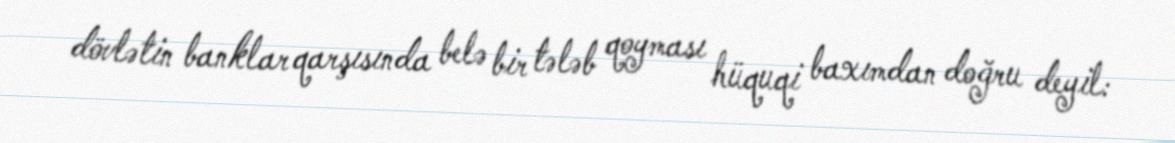
dövlətin banklar qarşısında belə bir tələb qoyması hüquqi baxımdan doğru deyil: